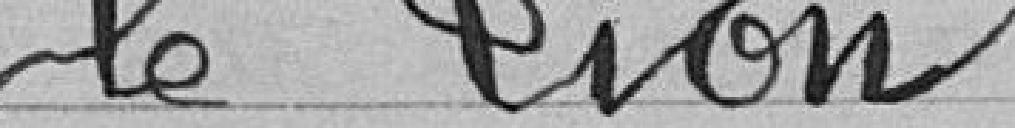
le Lion